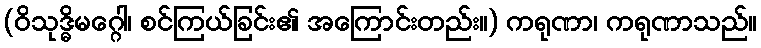
(ဝိသုဒ္ဓိမဂ္ဂေါ၊ စင်ကြယ်ခြင်း၏ အကြောင်းတည်း။) ကရုဏာ၊ ကရုဏာသည်။